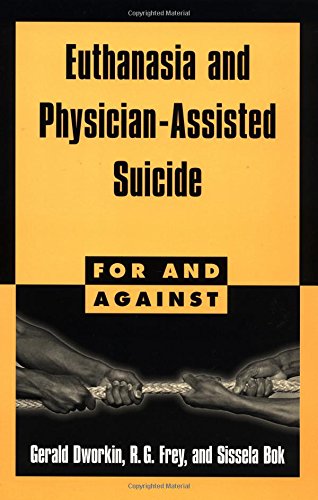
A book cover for Euthanasia and Physician-Assisted Suicide (For and Against); Gerald Dworkin; Medical Books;